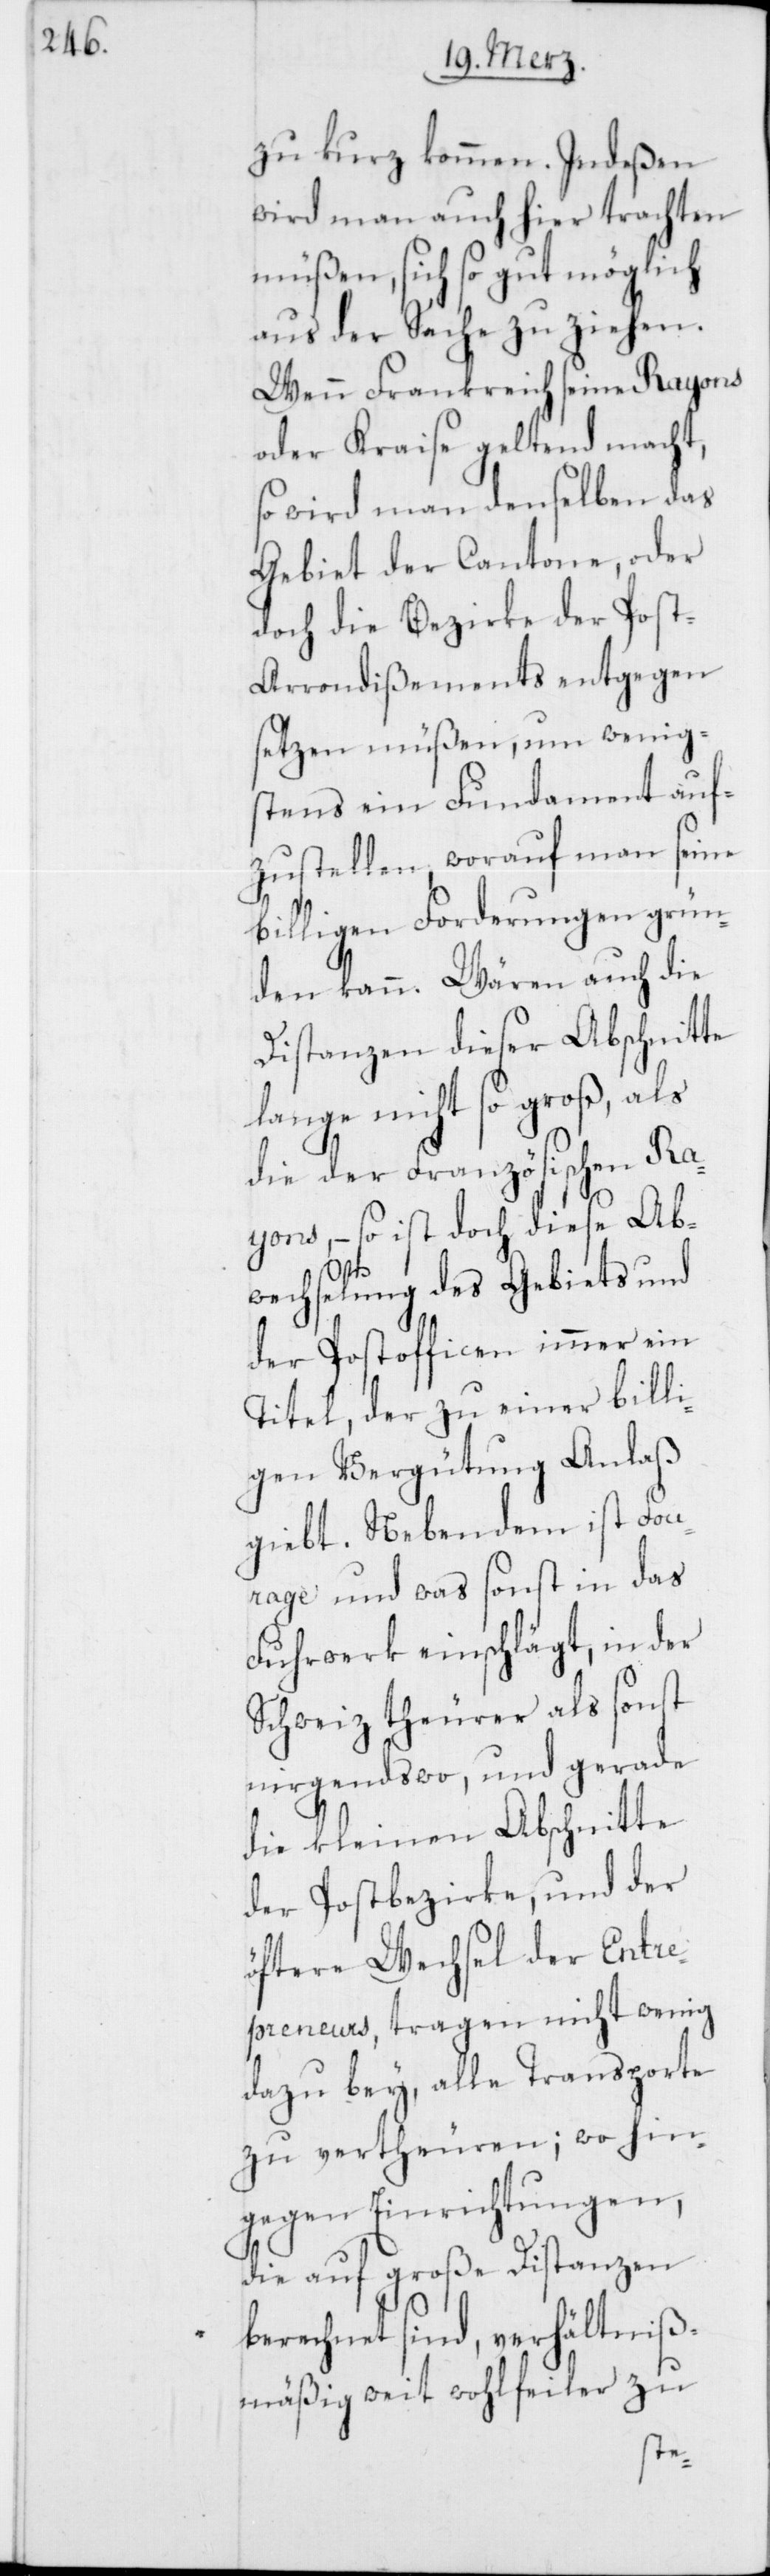
zu kurz kommen. Indeßen
wird man auch hier trachten
müßen, sich so gut möglich
aus der Sache zu ziehen.
Wenn Frankreich seine Rayons
oder Kraise geltend macht,
so wird man denselben das
Gebiet der Cantone, oder
doch die Bezirke der Pos¬
t-Arrondißements entgegen
setzen müßen, um wenig¬
stens ein Fundament auf¬
zustellen, worauf man seine
billigen Forderungen grün¬
den kann. Wären auch die
Distanzen dieser Abschnitte
lange nicht so groß, als
die der Französischen Ra¬
yons, – so ist doch diese Ab¬
wechslung des Gebiets und
der Postofficen immer ein
Titel, der zu einer billi¬
gen Vergütung Anlaß
giebt. Neben dem ist Fou¬
rage und was sonst in das
Fuhrwerk einschlägt, in der
Schweiz theurer als sonst
nirgendswo, und gerade
die kleinen Abschnitte
der Postbezirke, und der
öftere Wechsel der Entre¬
preneurs, tragen nicht wenig
dazu bey, alle Transporte
zu vertheuren; wo hin¬
gegen Einrichtungen,
die auf große Distanzen
berechnet sind, verhältnis¬
mäßig weit wohlfeiler zu